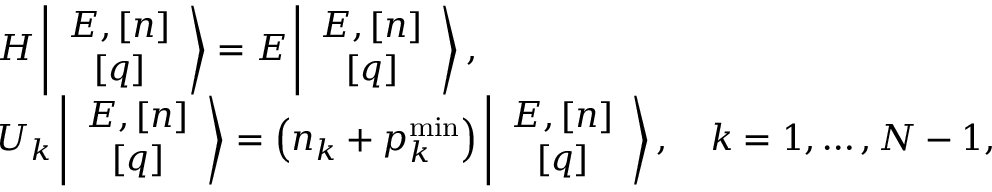
\begin{array} { l } { { H \left\vert \begin{array} { c } { { E , \left[ n \right] } } \\ { { \left[ q \right] } } \end{array} \right> = E \left\vert \begin{array} { c } { { E , \left[ n \right] } } \\ { { \left[ q \right] } } \end{array} \right> , } } \\ { { { U } _ { k } \left\vert \begin{array} { c } { { E , \left[ n \right] } } \\ { { \left[ q \right] } } \end{array} \right> = \left( n _ { k } + p _ { k } ^ { \mathrm { m i n } } \right) \left\vert \begin{array} { c } { { E , \left[ n \right] } } \\ { { \left[ q \right] } } \end{array} \right> , \quad k = 1 , \ldots , N - 1 , } } \end{array}